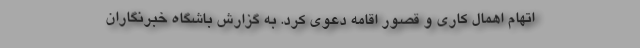
اتهام اهمال کاری و قصور اقامه دعوی کرد. به گزارش باشگاه خبرنگاران